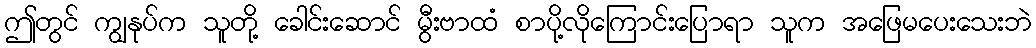
ဤတွင် ကျွနုပ်က သူတို့ ခေါင်းဆောင် မွီးဗာထံ စာပို့လိုကြောင်းပြောရာ သူက အဖြေမပေးသေးဘဲ